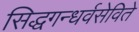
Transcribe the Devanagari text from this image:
सिद्धगन्धर्वसेविते